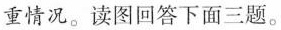
重情况。读图回答下面三题。